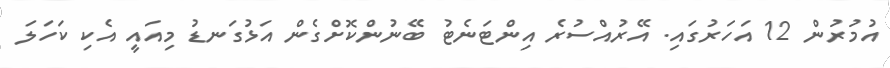
އުމުރުން 12 އަހަރުގައި. އޭރުއްސުރެ އިންޓަނެޓު ބޭނުންކޮށްގެން އަޅުގަނޑު މިއައީ އެކި ކަހަލަ